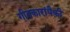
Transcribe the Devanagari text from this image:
गीतकारांपैकी